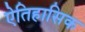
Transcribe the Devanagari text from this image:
ऐतिहासिक